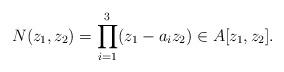
LaTeX: \begin{align*} N(z_1,z_2)= \prod_{i=1}^3(z_1-a_iz_2)\in A[z_1,z_2].\end{align*}